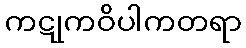
ကဋုကဝိပါကတရာ